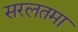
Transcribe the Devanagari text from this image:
सरलतमा